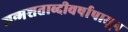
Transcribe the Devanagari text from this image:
जन्मशताब्दीवर्षापासून